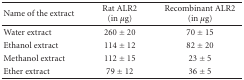
<table><thead><tr><td><b>Name of the extract</b></td><td><b>Rat ALR2 (in <i>μ</i>g)</b></td><td><b>Recombinant ALR2 (in <i>μ</i>g)</b></td></tr></thead><tbody><tr><td>Water extract</td><td>260 ± 20</td><td>70 ± 15</td></tr><tr><td>Ethanol extract</td><td>114 ± 12</td><td>82 ± 20</td></tr><tr><td>Methanol extract</td><td>112 ± 15</td><td>23 ± 5</td></tr><tr><td>Ether extract</td><td>79 ± 12</td><td>36 ± 5</td></tr></tbody></table>